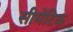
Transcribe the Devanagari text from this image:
सीमेटिक